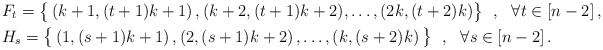
\begin{align*} & F_t = \big\{ \left(k+1, (t+1)k+1\right),(k+2, (t+1)k+2), \ldots, (2k, (t+2)k) \big\}\ \ , \ \ \forall t\in[n-2]\,, \\ & H_s = \big\{ \left(1, (s+1)k+1\right),\left(2, (s+1)k+2\right),\ldots, \left(k, (s+2)k\right) \big\}\ \ , \ \ \forall s\in[n-2]\,.\end{align*}